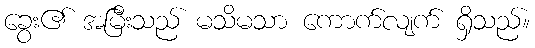
ခွေး၏ အမြီးသည် မသိမသာ ကောက်လျက် ရှိသည်။